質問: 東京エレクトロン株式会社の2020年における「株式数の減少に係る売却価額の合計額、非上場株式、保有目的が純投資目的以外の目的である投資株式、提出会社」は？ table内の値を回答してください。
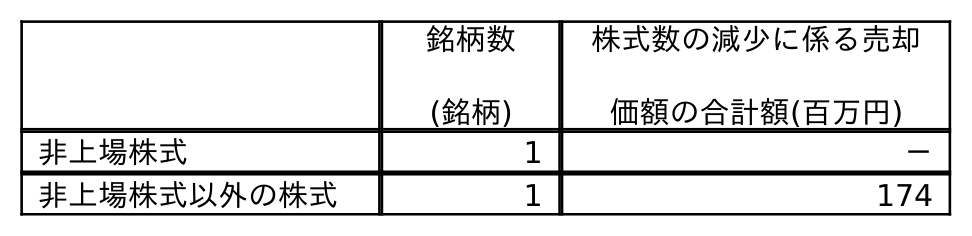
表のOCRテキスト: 銘柄数 (銘柄) 株式数の減少に係る売却 価額の合計額(百万円) 非上場株式 1 － 非上場株式以外の株式 1 174
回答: －